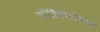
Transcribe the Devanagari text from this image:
नीतिधर्माप्रमाणे